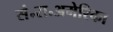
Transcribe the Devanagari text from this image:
सं॰रा॰अमेरिका